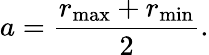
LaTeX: a={\frac{r_{\operatorname*{max}}+r_{\operatorname*{min}}}{2}}.